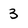
Character: 3